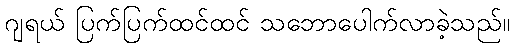
ဂျရယ် ပြက်ပြက်ထင်ထင် သဘောပေါက်လာခဲ့သည်။